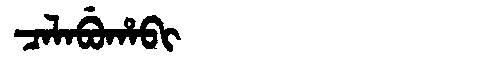
Manchu: ᠴᠠᠯᠠᠪᡠᡥᠠᠪᡳ
Romanization: CALABUHABI